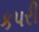
કપરી